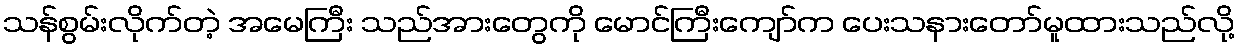
သန်စွမ်းလိုက်တဲ့ အမေကြီး သည်အားတွေကို မောင်ကြီးကျော်က ပေးသနားတော်မူထားသည်လို့